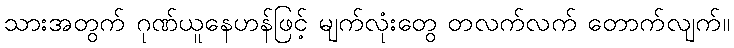
သားအတွက် ဂုဏ်ယူနေဟန်ဖြင့် မျက်လုံးတွေ တလက်လက် တောက်လျက်။